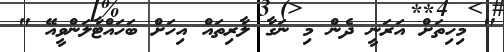
" މިހިތަށް އަރަނީ ދެން މި ނަގާ ލާރިތައް އިހަށް ބަހައްޓާލަންވީއޭ "